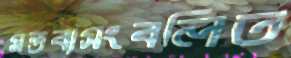
মন্তব্যসংবলিত